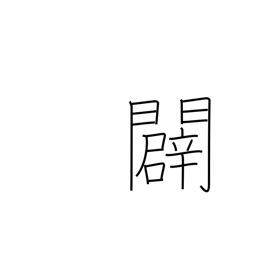
Meaning: open